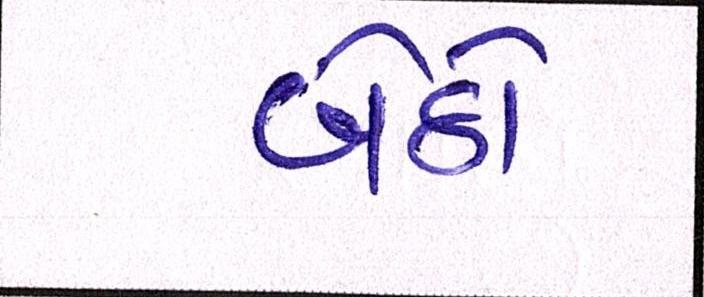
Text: બેઠો